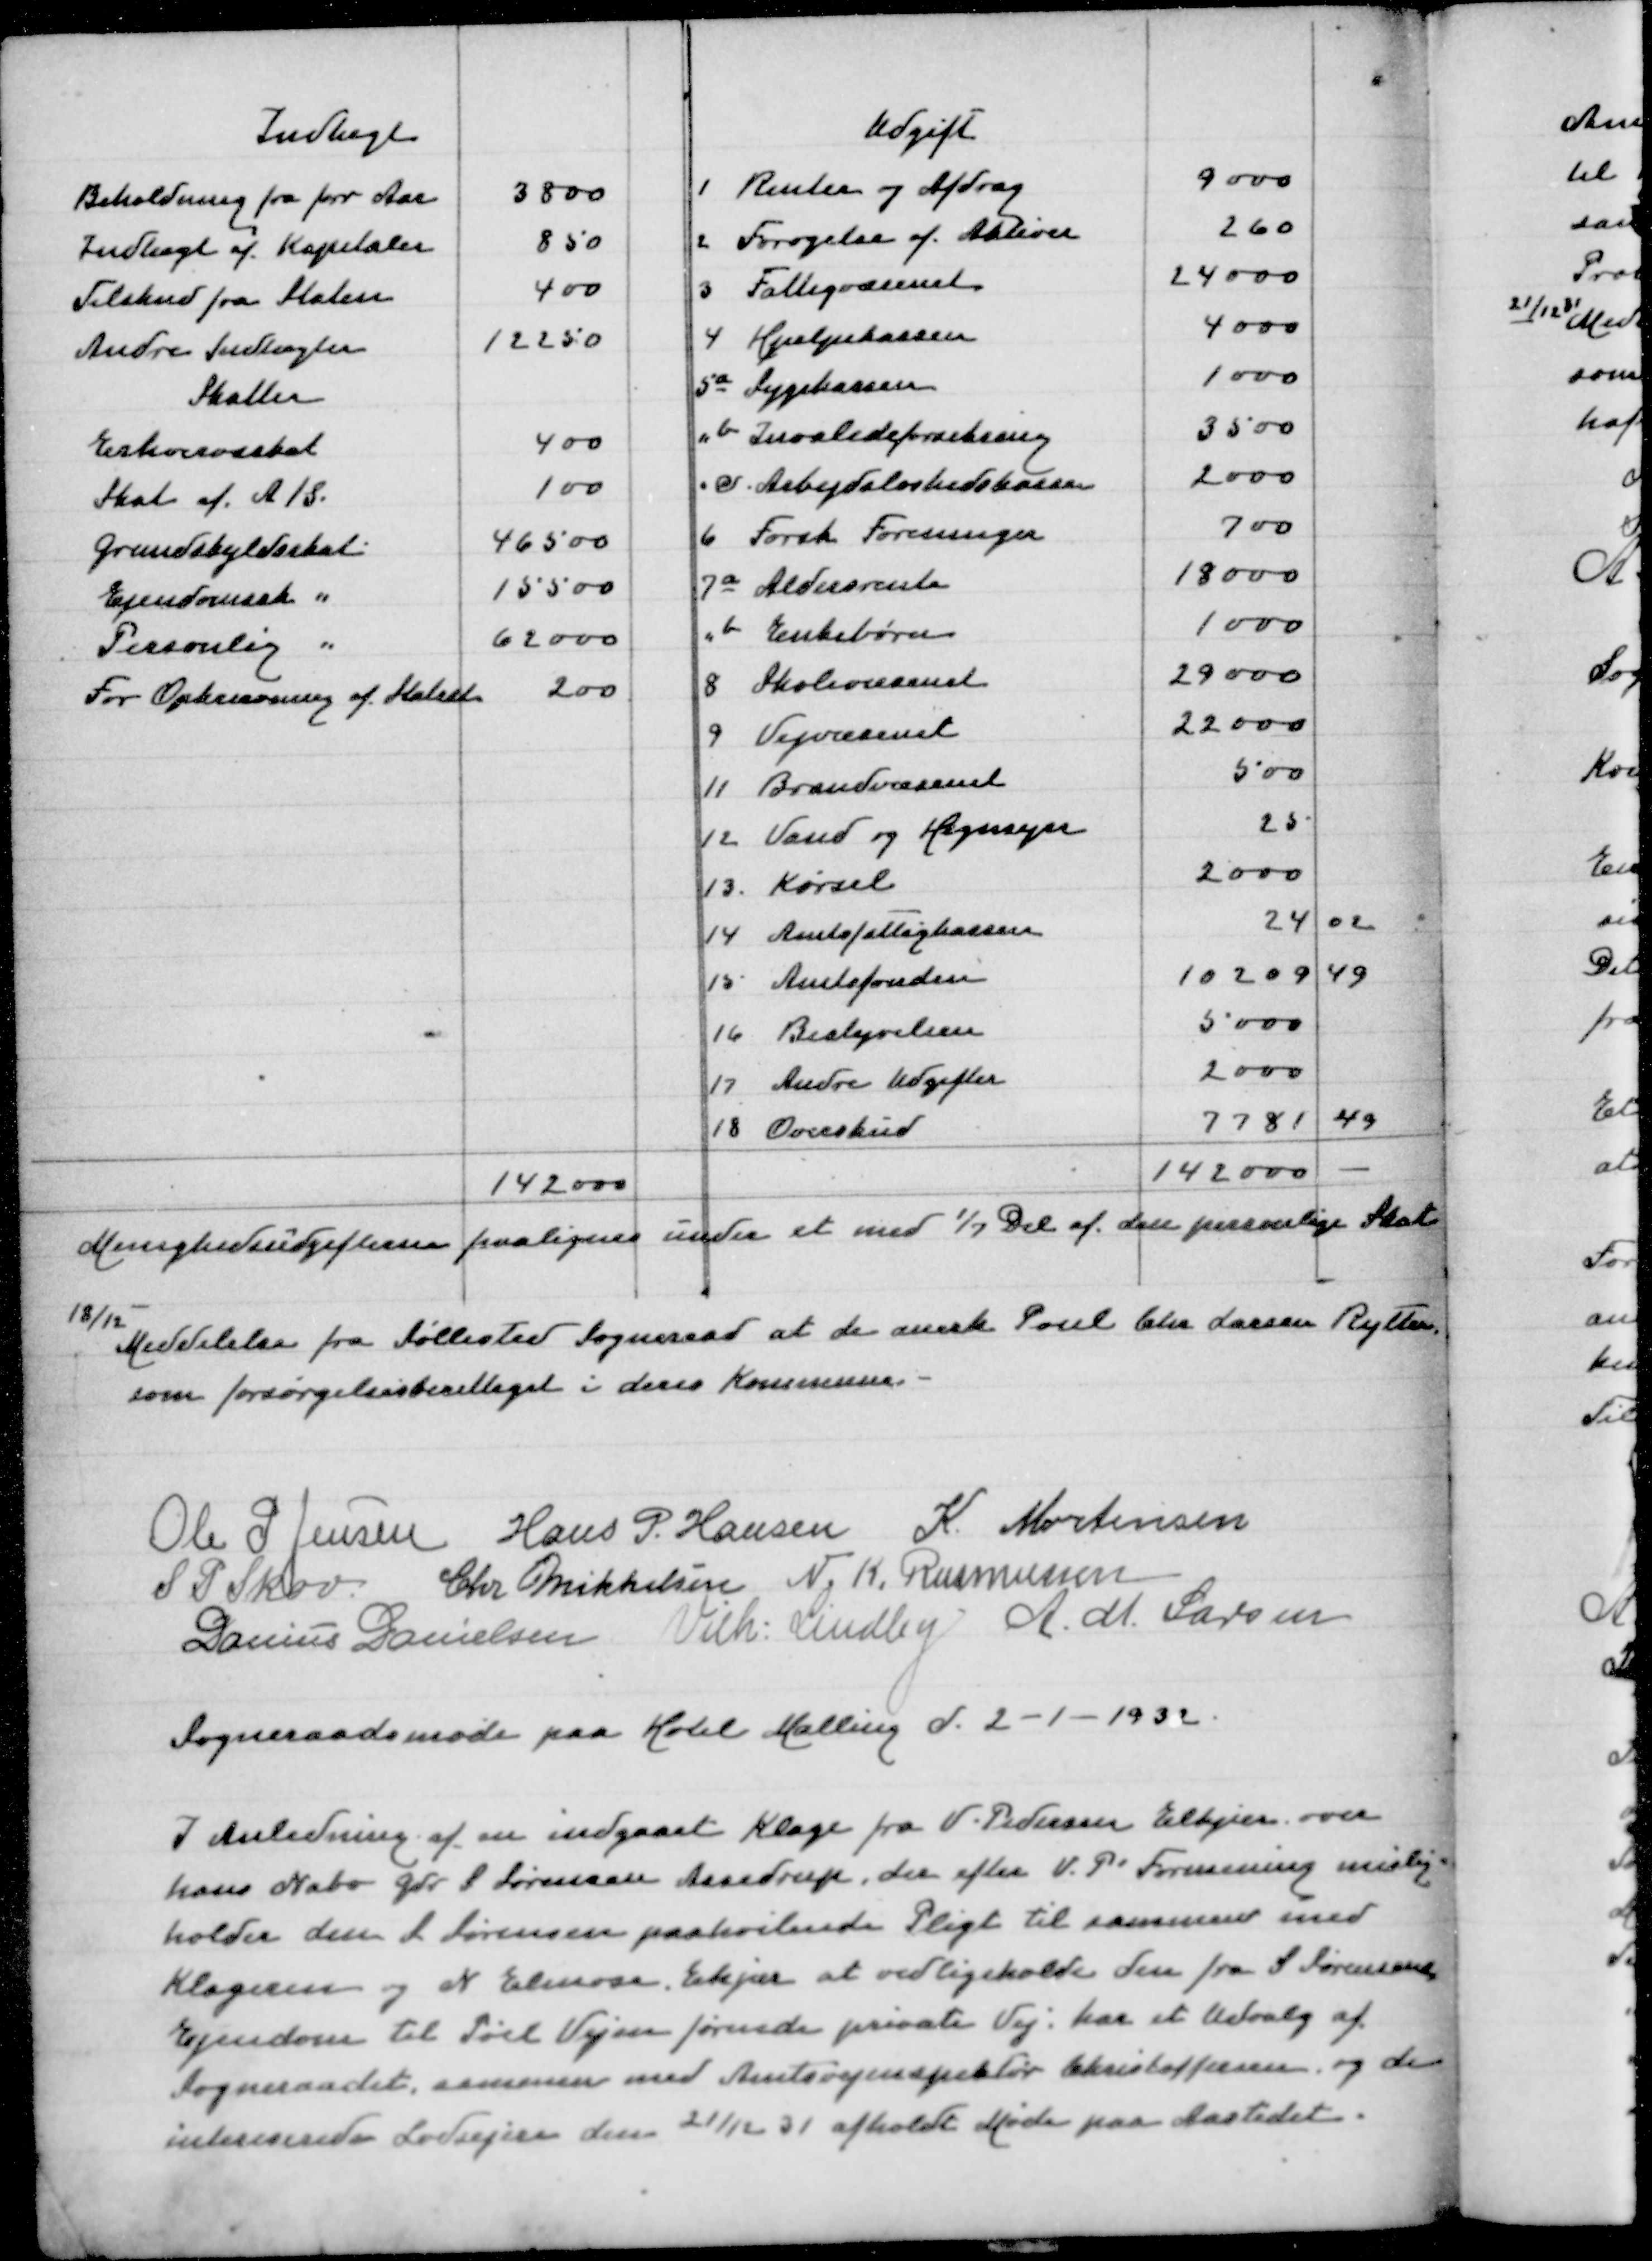
Transskription:
Menighedsudgifterne paalignes under et med 1/7 Del af den personlig Skat
18/12
Meddelelse fra Søllested Sogneraad at de anerk Poul Chr Larsen Rytter
som forsørgelsesberettiget i deres Kommune

Ole P Jensen
Hans P Hansen
K Mortensen
S P Skov
Chr Mikkelsen
N K Rasmussen
Danius Danielsen
Vilh Lindby
A M Larsen
Sogneraadsmøde paa Hotel Malling d 2-1-1932

I Anledning af indgaaet Klage fra V Pedersen Elkjær over
hans Nabo Gdr S Sørensen Assedrup, der efter V P' Formening mislig0
holder den S Sørensen paahvilende Pligt til sammen med
Klageren og N Elmose Ekjær at vedligeholde den fra S Sørensens
Ejendom til Pøel Vejen førende private Vej har et Udvalg af
Sogneraadet sammen med Amtsvejinspektør Christoffersen og de
interesserede Lodsejere den 21/12 31 afholdt Møde paa Aastedet